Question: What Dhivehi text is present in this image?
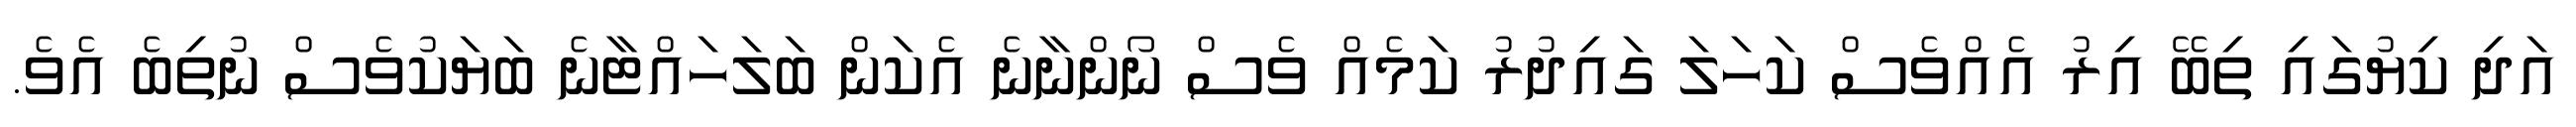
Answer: އަދި ކިޔުގައި ތިބޭ އިރު އެއްވެސް ކަހަލަ ގައިދުރު ކަމެއް ވެސް ނޯންނާނެ އެކަން ބަލަހައްޓާނެ ބަޔަކުވެސް ނުތިބެ އެވެ.